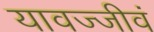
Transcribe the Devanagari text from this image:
यावज्जीवं